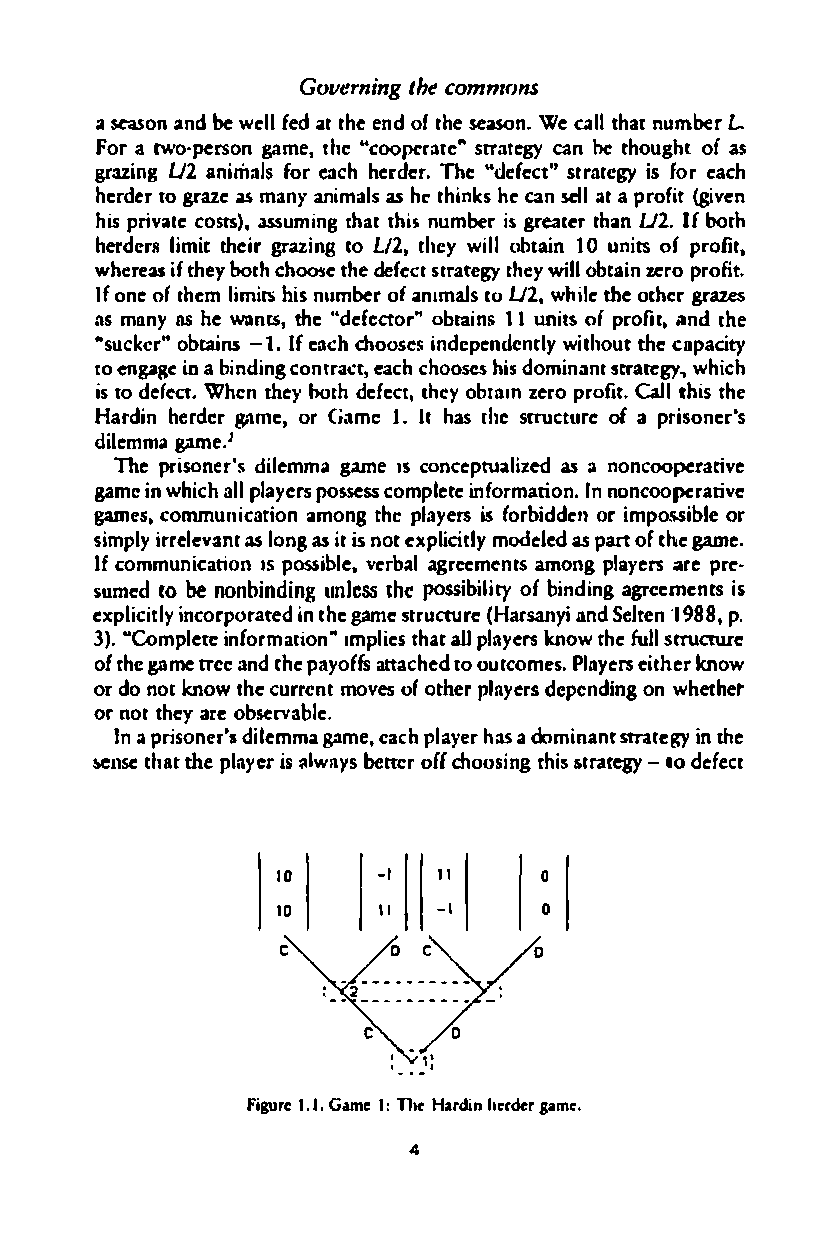
Governitnhgce o mmons
 a season andbe welfle adt t heen do ft hseeaso n. We allt hantu mberL
 Fora two-persogna met,h "ec ooperates"tr atecagyn be thougohfta s
 grazing anUi2m aflosre achhe rdeTrh.e" defescttr" aricsfgy o rea ch
 herdteorgr azeas manyan imalass h et hinhkesc anse lla ta p rofit(g iven
 hisp rivcaotsets as)s,u mintgh atth insu mberi grsea tetrh aUn 2I.fbo th
 herdelrism tihte girr azintogL l2t,h ewyi lolb taitnou nitso fp rofit,
 whereiastf h eboyt h choose tdheef escttr attehgyew yi lolb tazienr por ofit.
 Iofn eo ft helmi mihtsi nsu mbero fa nimaltsoU 2w,h ithleeo thergr azes
 asm nnyas hew antst,h e" defectoorb"tan is1 1un its prooffit, fi nd the
 ·suckoebrrai"n s- 1.I fe acchh oosiensd ependweinttlhyoth uetc apacity
 toe ngagein ab indicnogn treaacctch,h oosesh idso minants trate� wgyh ich
 ist od efeWcth.e nt heboyt hd efetchte,oy b tazme roro fipt.Cal l thitsh e
 Hardin herdgearm eo,r G ame1 .I Ih as thestr ucturoef a prisoner's
 dilemma  game.J
 The prisonedri'lse mmgaam e 15c onceptualasi ziledn oncooperative
 gamienw hicahlp ll aypeorsss ecossm pleeti nformaItinno onn.c ooperative
 games,c ommunicataimoonn gt hep layeirsfs o rbidodreim np ossibleo r
 simpilryr eleasv loanngtas itis n ote xplicimtodleyl edas part oft hgame e.
 Ifco mmunicaItiSpo osns iblvee.rb aalg reemeamnotnsg p layearsr ep re­
 sumefdO be nonbiunndlitcnhSIigpe O SSityb iolfbi indiangrge emenitss
 expliciintcloyr poirnat thegaedm e structu(reH arsanaynidS elten p". 1988,
 3)".Com pletei nformatIimopnl"ti heasalt lp laykneorsw thfuel lstTUcture
 oft hgaem e(T eean dt hpea yoffsa ttachteood u tcomPelsa.y eeirst hkneorw
 ord on otkn owt hceu rremnotv eosf o thpelra yers depewnhdeitnhge to n
 orn ott heayr oeb servable.
 In prias ondeirl'esm gammae ,e acphl ayheasra d ominasmunetgy int he
 !tellsteh athte playiesar l wabeyttse ro fc(h oosings ttrahti-egys 1 0d efect
 10     -I  "      o
 10     \I  -I     o
 figure 1.1. GaHmaer dhiIen:r dneler same.
 4